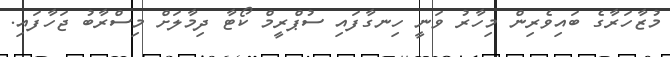
މުޒާހަރާގެ ބައިވެރިން މިހާރު ވަނީ ހިނގާފައި ސުޕްރީމް ކޯޓާ ދިމާލަށް މިސްރާބު ޖަހާފައި.